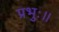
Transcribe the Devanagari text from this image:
प्रभुः॥